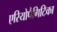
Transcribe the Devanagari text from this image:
एरियोपैगिटिका